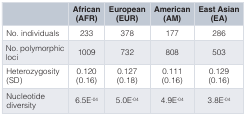
<table><thead><tr><td></td><td><b>African(AFR)</b></td><td><b>European(EUR)</b></td><td><b>American(AM)</b></td><td><b>East Asian(EA)</b></td></tr></thead><tbody><tr><td>No. individuals</td><td>233</td><td>378</td><td>177</td><td>286</td></tr><tr><td>No. polymorphicloci</td><td>1009</td><td>732</td><td>808</td><td>503</td></tr><tr><td>Heterozygosity(SD)</td><td>0.120(0.16)</td><td>0.127(0.18)</td><td>0.111(0.16)</td><td>0.129(0.16)</td></tr><tr><td>Nucleotidediversity</td><td>6.5E<sup>-04</sup></td><td>5.0E<sup>-04</sup></td><td>4.9E<sup>-04</sup></td><td>3.8E<sup>-04</sup></td></tr></tbody></table>